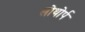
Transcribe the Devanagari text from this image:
लोथोर्प